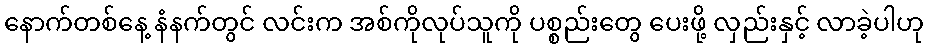
နောက်တစ်နေ့ နံနက်တွင် လင်းက အစ်ကိုလုပ်သူကို ပစ္စည်းတွေ ပေးဖို့ လှည်းနှင့် လာခဲ့ပါဟု